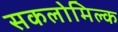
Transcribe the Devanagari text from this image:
सकलोमिल्क